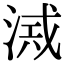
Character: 𣸂